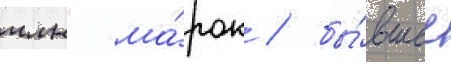
млн ма́рок / бы́вшее